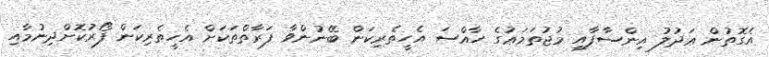
އެގޮތުން ޢަދުލު އިންސާފާއި މުޖުތަމަޢުގެ ހާއްސަ އެހީތެރިކަން ބޭނުންވާ ފަރާތްތަކަށް އެހީތެރިކަން ފޯރުކޮށްދިނުމާއި